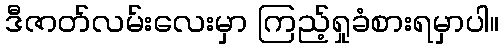
ဒီဇာတ်လမ်းလေးမှာ ကြည့်ရှုခံစားရမှာပါ။